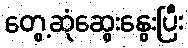
တွေ့ဆုံဆွေးနွေးပြီး